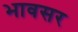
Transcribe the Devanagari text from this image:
भावसर